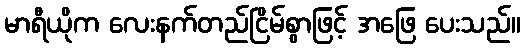
မာရီယိုက လေးနက်တည်ငြိမ်စွာဖြင့် အဖြေ ပေးသည်။